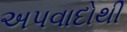
અપવાદોથી